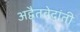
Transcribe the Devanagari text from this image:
अद्वैतवेदांती